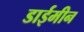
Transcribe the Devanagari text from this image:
डाईमीन